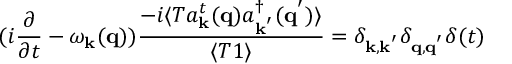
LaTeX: ( i \frac { \partial } { \partial t } - \omega _ { { \bf { k } } } ( { \bf { q } } ) ) \frac { - i \langle T a _ { { \bf { k } } } ^ { t } ( { \bf { q } } ) a _ { { \bf { k } } ^ { ' } } ^ { \dagger } ( { \bf { q } } ^ { ' } ) \rangle } { \langle T 1 \rangle } = \delta _ { { \bf { k } } , { \bf { k } } ^ { ' } } \delta _ { { \bf { q } } , { \bf { q } } ^ { ' } } \delta ( t )